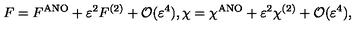
F = F ^ { \mathrm { A N O } } + \varepsilon ^ { 2 } F ^ { ( 2 ) } + { \cal O } ( \varepsilon ^ { 4 } ) , \chi = \chi ^ { \mathrm { A N O } } + \varepsilon ^ { 2 } \chi ^ { ( 2 ) } + { \cal O } ( \varepsilon ^ { 4 } ) ,